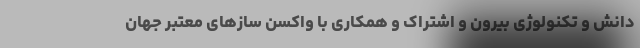
دانش و تکنولوژی بیرون و اشتراک و همکاری با واکسن سازهای معتبر جهان